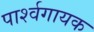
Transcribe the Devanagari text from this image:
पार्श्‍वगायक